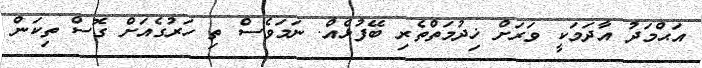
އަޙްމަދު އާދަމަކީ ވަރަށް ޚިދުމަތްތެރި ބޭފުޅެއް. ނަމަވެސް ތި ހަރުގެއަށް ގޮސް ތިކަން